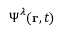
\boldsymbol { \Psi } ^ { \lambda } ( \mathbf { r } , t )